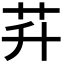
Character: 𦬱